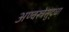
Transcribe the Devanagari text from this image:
अण्वस्त्रेसुद्धा